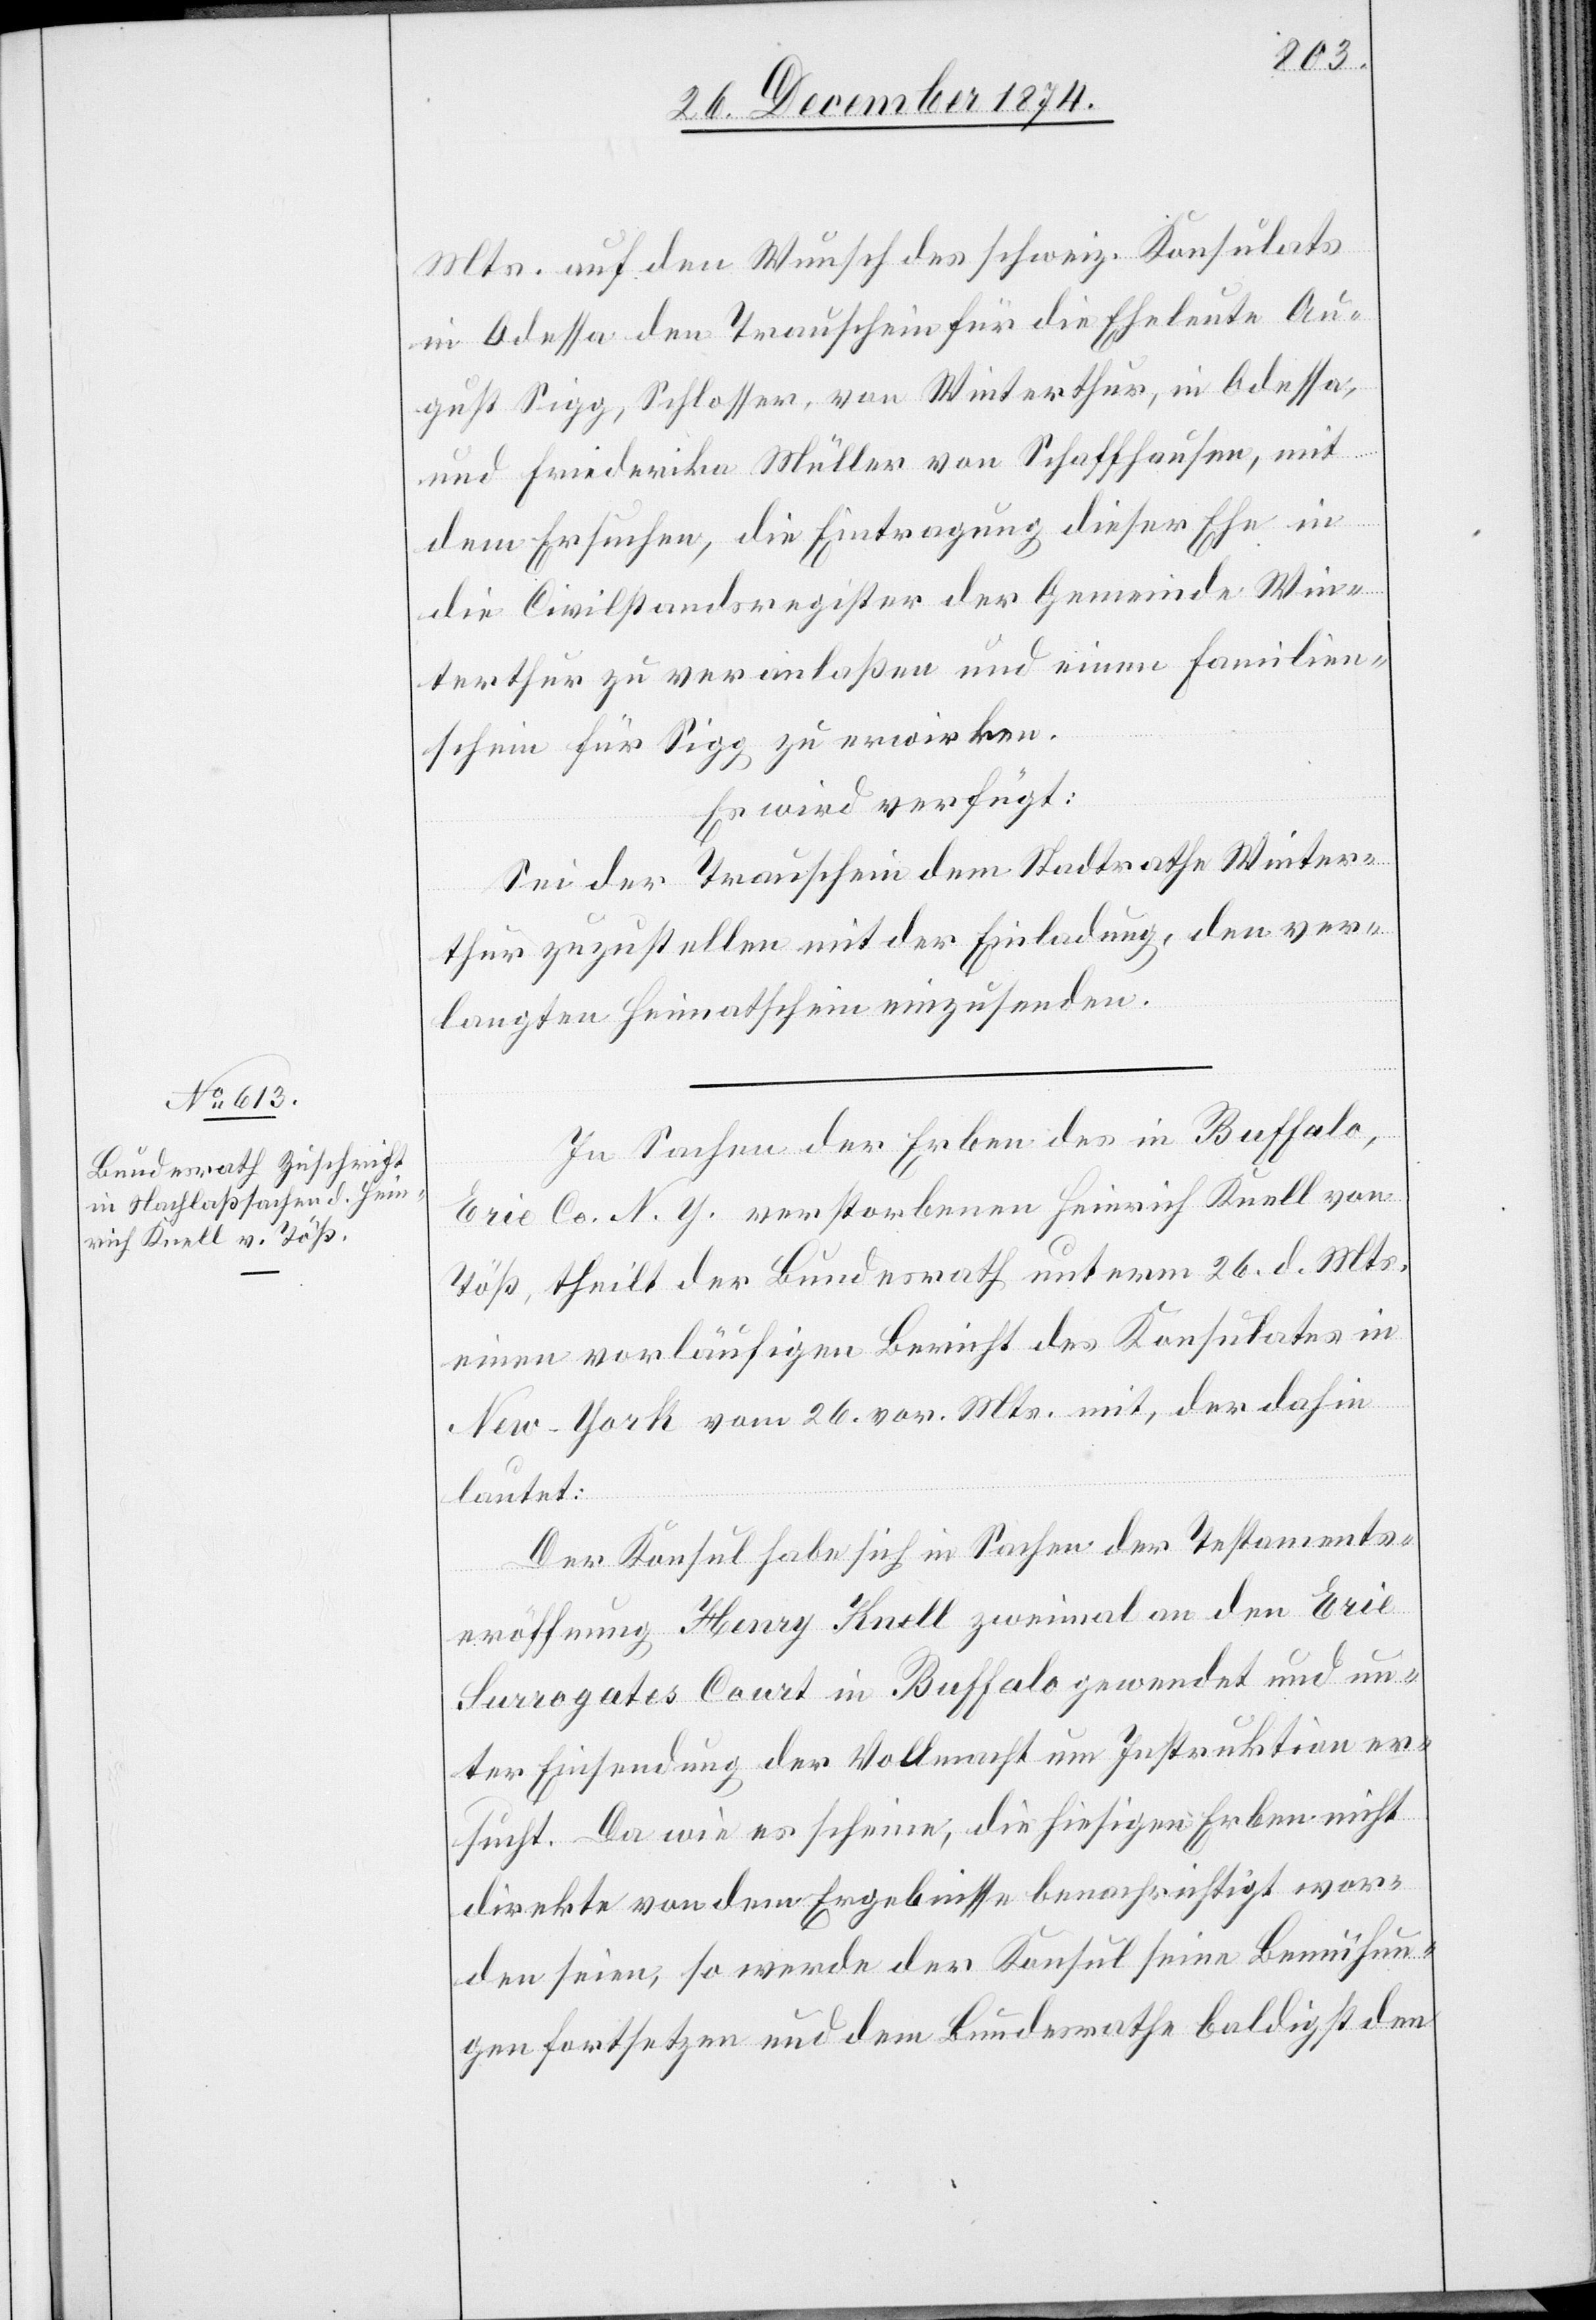
28. December 1874.]
Mts. auf den Wunsch des schweiz. Konsulats
in Odessa den Trauschein für die Eheleute Au¬
gust Sigg, Schlosser, von Winterthur, in Odessa,
und Friederika Müller von Schaffhausen, mit
dem Ersuchen, die Eintragung dieser Ehe in
die Civilstandsregister der Gemeinde Win¬
terthur zu veranlaßen und einen Familien¬
schein für Sigg zu erwerben.
Es wird verfügt:
Sei der Trauschein dem Stadtrathe Winter¬
thur zuzustellen mit der Einladung, den ver¬
langten Heimatschein einzusenden.
In Sachen der Erben des in Buffalo,
Erie Co. N. Y. verstorbenen Heinrich Knell von
Töß, theilt der Bundesrath unterm 26. d. Mts.
einen vorläufigen Bericht des Konsulates in
New-York vom 26. vor. Mts. mit, der dahin
lautet:
Der Konsul habe sich in Sachen der Testaments¬
eröffnung Henry Knell zweimal an den Erie
Surrogates Court in Buffalo gewendet und un¬
ter Einsendung der Vollmacht um Instruktion er¬
sucht. Da wie es scheine, die hiesigen Erben nicht
direkte von dem Ergebnisse benachrichtigt wor¬
den seien, so werde der Konsul seine Bemühun¬
gen fortsetzen und dem Bundesrathe baldigst den